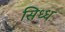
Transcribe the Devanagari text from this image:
सिध्ध